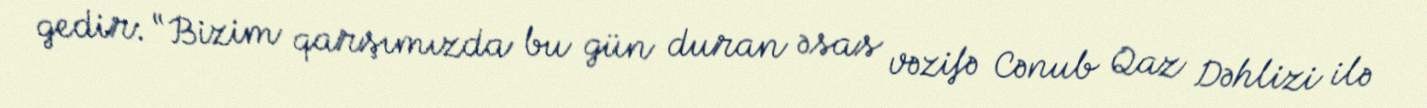
gedir: “Bizim qarşımızda bu gün duran əsas vəzifə Cənub Qaz Dəhlizi ilə